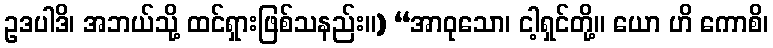
ဥဒပါဒိ၊ အဘယ်သို့ ထင်ရှားဖြစ်သနည်း။) “အာဝုသော၊ ငါ့ရှင်တို့။ ယော ဟိ ကောစိ၊